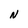
Character: N